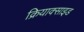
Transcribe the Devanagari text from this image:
क्रियाक्साइड